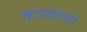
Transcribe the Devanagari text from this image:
कायद्याधारे